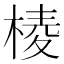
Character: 𣖓